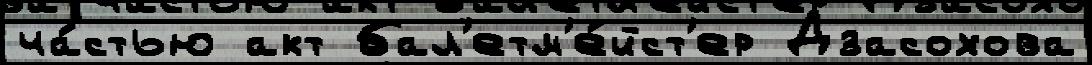
ча́стью акт бал'етм'е́йст'ер Дзасохова